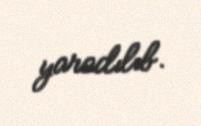
yaradılıb.